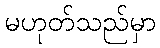
မဟုတ်သည်မှာ